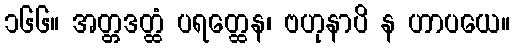
၁၆၆။ အတ္တဒတ္ထံ ပရတ္ထေန၊ ဗဟုနာပိ န ဟာပယေ။